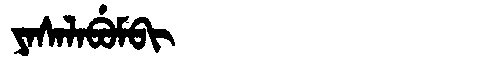
Manchu: ᠶᠠᠰᠠᠯᠠᠪᡠᠮᠪᡳ
Romanization: YASALABUMBI